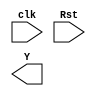
module STM(
    input clk,
    input Rst,
    output reg Y
);

    reg [1:0] State;

    always @(posedge Clk or negedge Rst)
        begin
            if(~Rst)
                begin
                    State = 0;
                    y = 0;  
                end
            else
                begin
                    case(State)
                        0 : begin State = 1; y = 0; end
                        1 : begin State = 2; y = 1; end
                        2 : begin State = 0; y = 0; end
                    endcase
                end
        end

endmodule